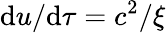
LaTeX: \mathrm{d}u/\mathrm{d}\tau=c^{2}/\xi